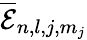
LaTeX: \overline{{\mathcal{E}}}_{n,l,j,m_{j}}